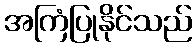
အကြံပြုနိုင်သည်